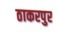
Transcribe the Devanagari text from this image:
ठाकरपुर